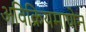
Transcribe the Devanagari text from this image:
अविक्रियमाणेन